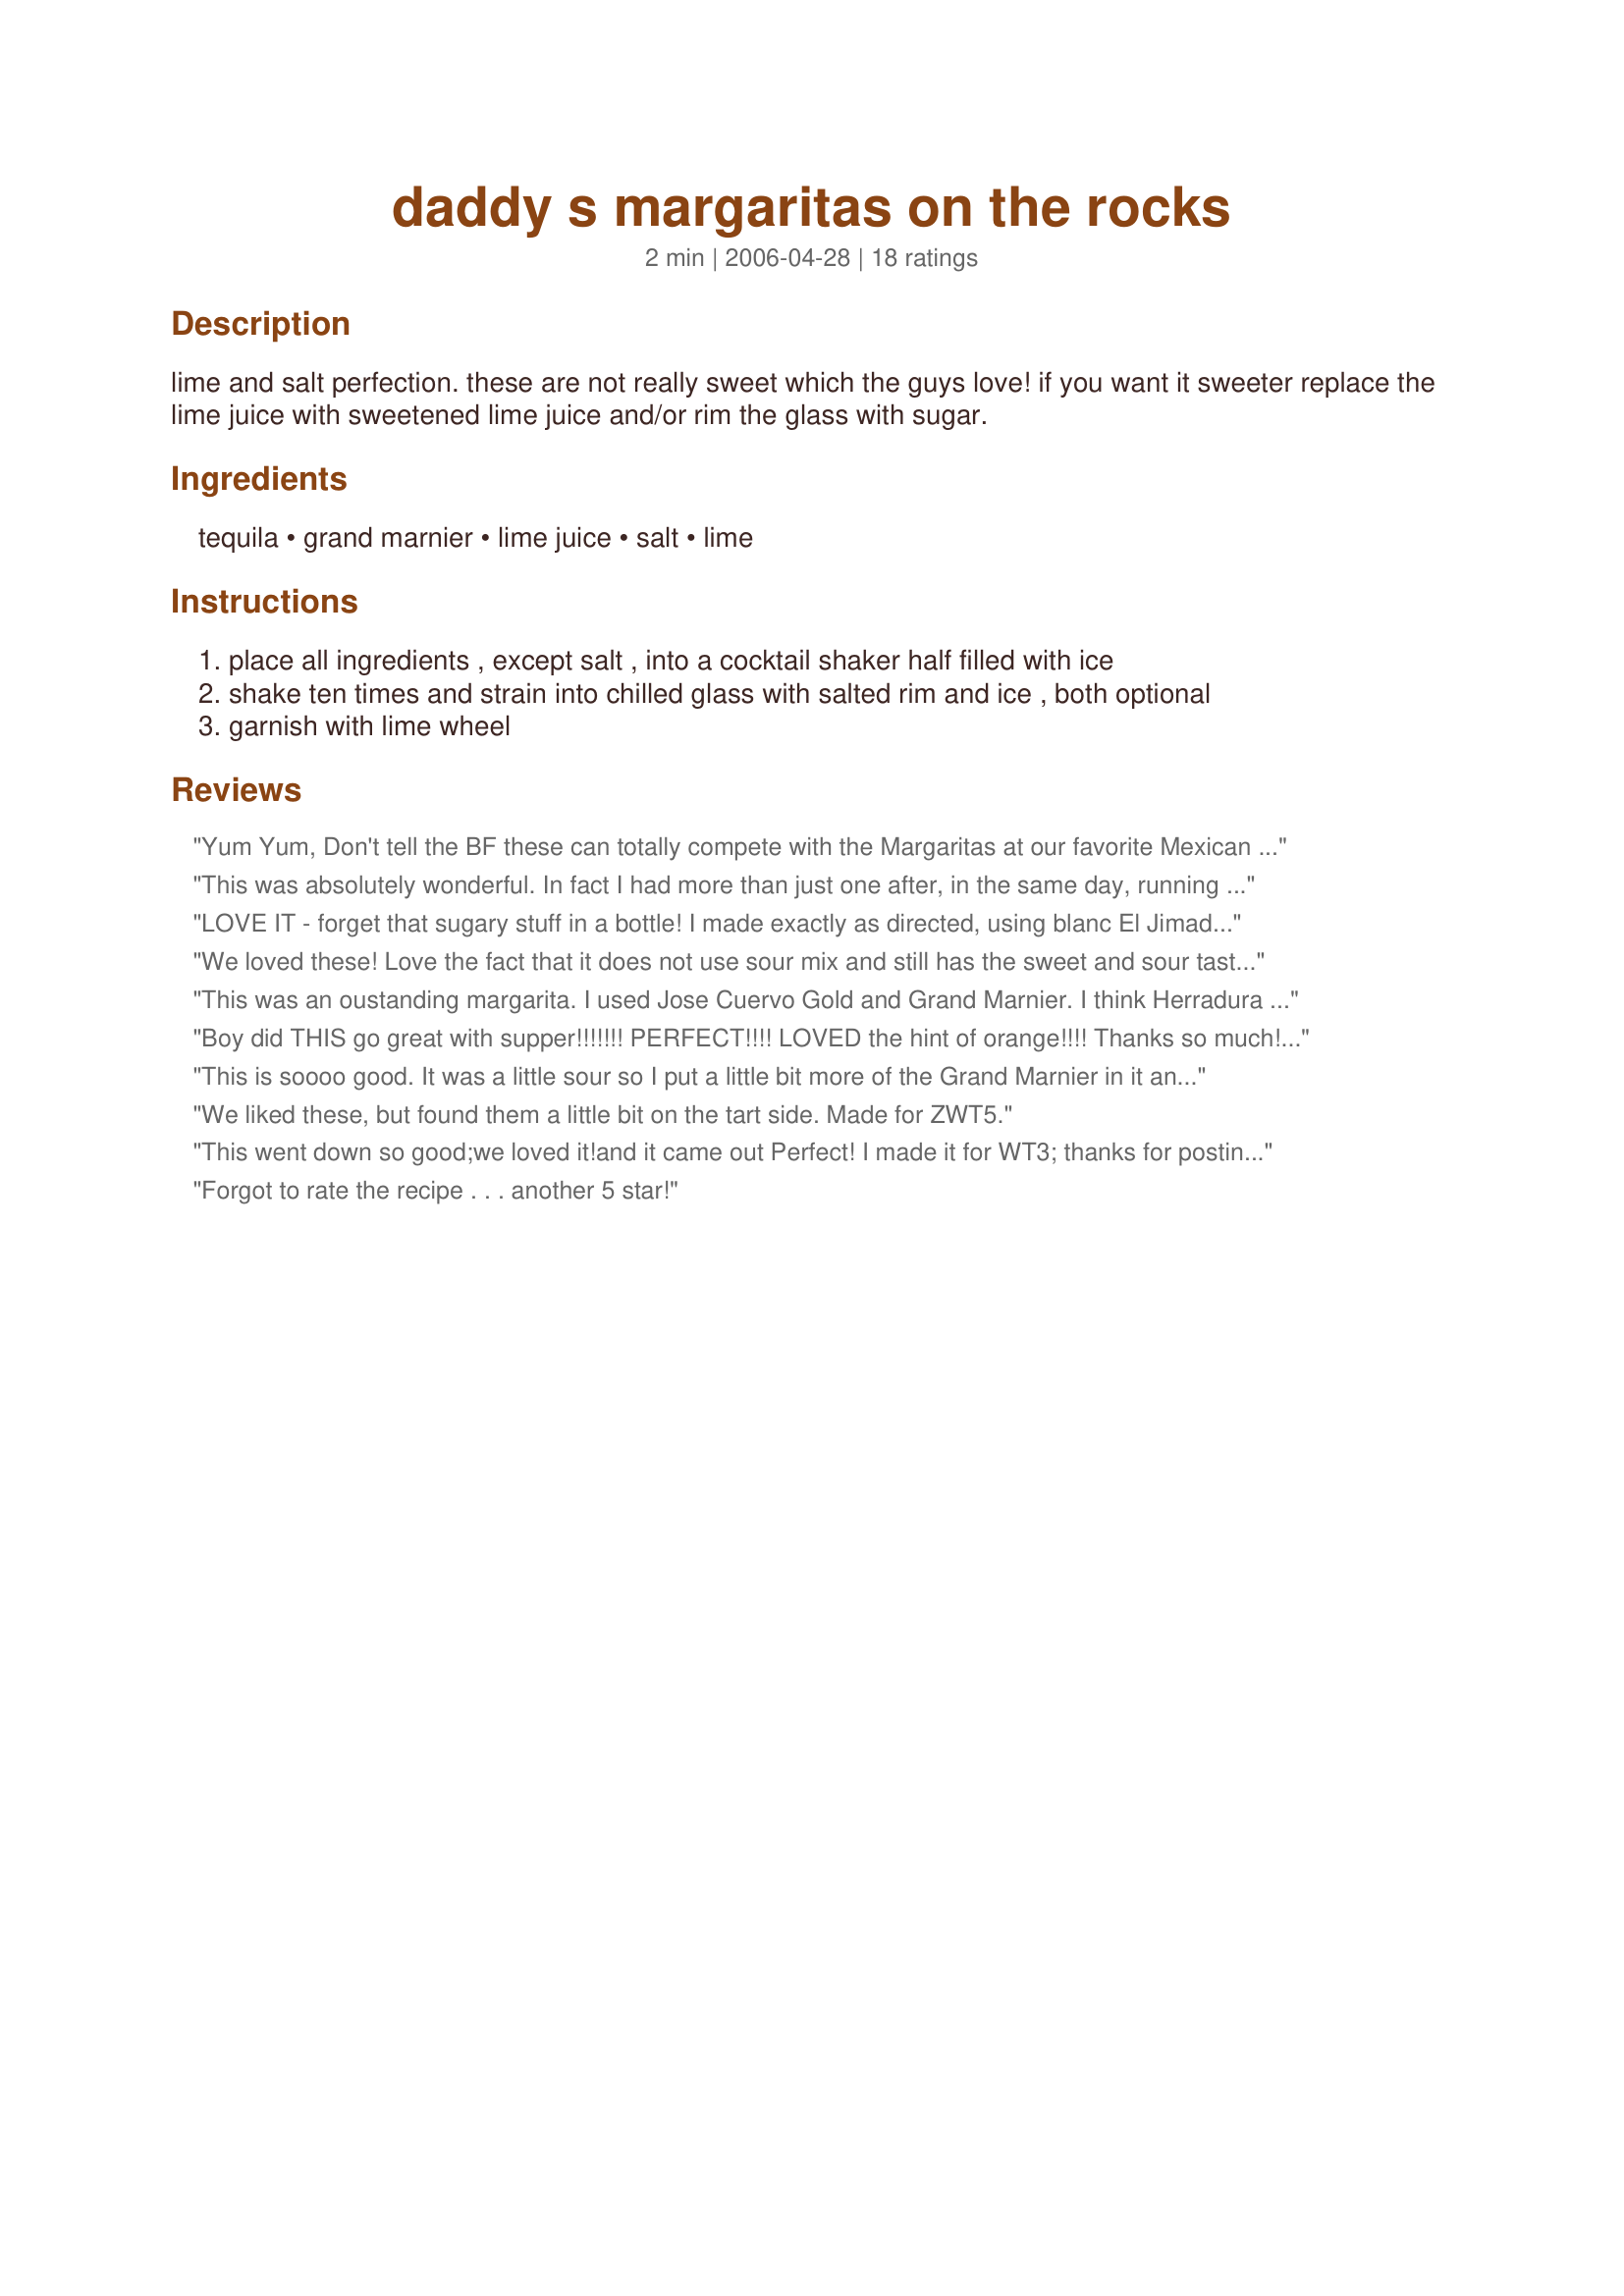
daddy s margaritas on the rocks
Preparation time: 2 minutes

lime and salt perfection. these are not really sweet which the guys love! if you want it sweeter replace the lime juice with sweetened lime juice and/or rim the glass with sugar.

Ingredients:
tequila, grand marnier, lime juice, salt, lime

Steps:
place all ingredients , except salt , into a cocktail shaker half filled with ice
shake ten times and strain into chilled glass with salted rim and ice , both optional
garnish with lime wheel

Reviews:
Yum Yum, Don't tell the BF these can totally compete with the Margaritas at our favorite Mexican Restaurant. Thank you for sharing Mama. :D Enjoyed again, Thanks..Made for ZWT 5
This was absolutely wonderful. In fact I had more than just one after, in the same day, running over a snake with my 4-wheeler, then being chased on my 4-wheeler by a herd of stupid cows. Yep, this was badly needed. thanks mama
LOVE IT - forget that sugary stuff in a bottle! I made exactly as directed, using blanc El Jimador tequila. I salted my rim with sea salt and think its necessary to provide contrast to this tart (and very awesome) margarita. Will make again many many times! Made for ZWT5.
We loved these! Love the fact that it does not use sour mix and still has the sweet and sour taste! Great recipe! Daddy sure did good!
This was an oustanding margarita. I used Jose Cuervo Gold and Grand Marnier. I think Herradura is a much better brand, but I bought what I was used to. This is the first margarita I've made at home and I've had many restaurant margaritas, none of which could be remotely compared to this one as far as I'm concerned. I really liked the beautiful color that the combination of Grand Marnier and lime juice made too. I do need more practice getting the coarse salt to stick to the glass. What I most appreciated was that there was no extra sugar in this to ruin the taste. I figured out that this is less than half the cost of margaritas I buy at restaurants, with much better ingredients. Thanks much Hope. I know exactly how I'll be using up the leftover liquor.
Boy did THIS go great with supper!!!!!!! PERFECT!!!! LOVED the hint of orange!!!! Thanks so much!! :)
This is soooo good. It was a little sour so I put a little bit more of the Grand Marnier in it and it was fine after that. I only drank one but it was enough to give me a good buzz. I will be making this again. Thanks for sharing your recipe Mama!! Made for the March 2008 Bevy Tag game.
We liked these, but found them a little bit on the tart side. Made for ZWT5.
This went down so good;we loved it!and it came out Perfect! 
I made it for WT3; thanks for posting.
Rita
Forgot to rate the recipe . . . another 5 star!
This is a nice balanced margarita. I tried it as is, I do like mine sweeter, so then added a little limeade concentrate. Thanks mama, reviewed for ZWT5 by one of the Cooks With Dirty Faces.
Lord knows I love a good margarita and this is another great recipe by mama! I chilled and strained into a margarita glass, with salt and lime of course!
Nice but couldn't garnish-Carly ran off with my reserved lime slice, lol. Made for Bodacious Brickhouse Babes, ZWT5.
If all you have ever had in the way of a Margarita is the bottled mix it might take two or three sips of this concoction to convince you that you have been missing out. This has quite a kick so we preferred it with ice. Simply delightful. Thanks!
Deje el partido comenzar! (Let the party begin!) This is the margarita that DH makes except he uses Cointreau instead of Grand Marnier. We have had this many times. Served with Recipe#336894, Recipe#373060, and Recipe#170586 to celebrate our 35th wedding anniversary-followed by a lovely walk. Thank you mama's kitchen for sharing- but now the secret is out. Made during our Mexican visit for ZWT5 for Chow Hounds.
Muy Bueno Mamasita! I'm sipping on mine as I review. No garnish is needed, these are just perfect as is.
Gracias!
This is a wonderful cocktail! Love it! Thanks for sharing.
very good margaritas! me n my friend loved these! after a couple u start 2 feel the buzzzz! hehehe! i wouldnt mind an extra shot of grand marnier in there as auntwoofiewoof suggested! but they are delish either way! i think this will be how i make margaritas from now on! :D! thanks mama's kitchen! made from zwt4
